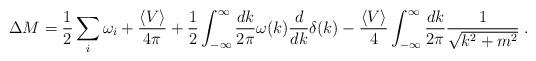
LaTeX: \begin{align*}\Delta M=\frac{1}{2}\sum_i\omega_i+\frac{\left<V\right>}{4\pi}+\frac{1}{2}\int_{-\infty}^{\infty}\frac{dk}{2\pi}\omega(k)\frac{d}{dk}\delta(k)-\frac{\left<V\right >}{4}\int_{-\infty}^\infty\frac{dk}{2\pi}\frac{1}{\sqrt{k^2+m^2}}\;.\end{align*}